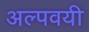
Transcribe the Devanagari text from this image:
अल्पवयी